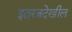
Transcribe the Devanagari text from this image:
इतरत्रदेखील